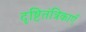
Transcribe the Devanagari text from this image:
दृष्टितंत्रिकाएँ